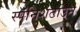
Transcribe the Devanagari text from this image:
स्पॅनिशटाउन